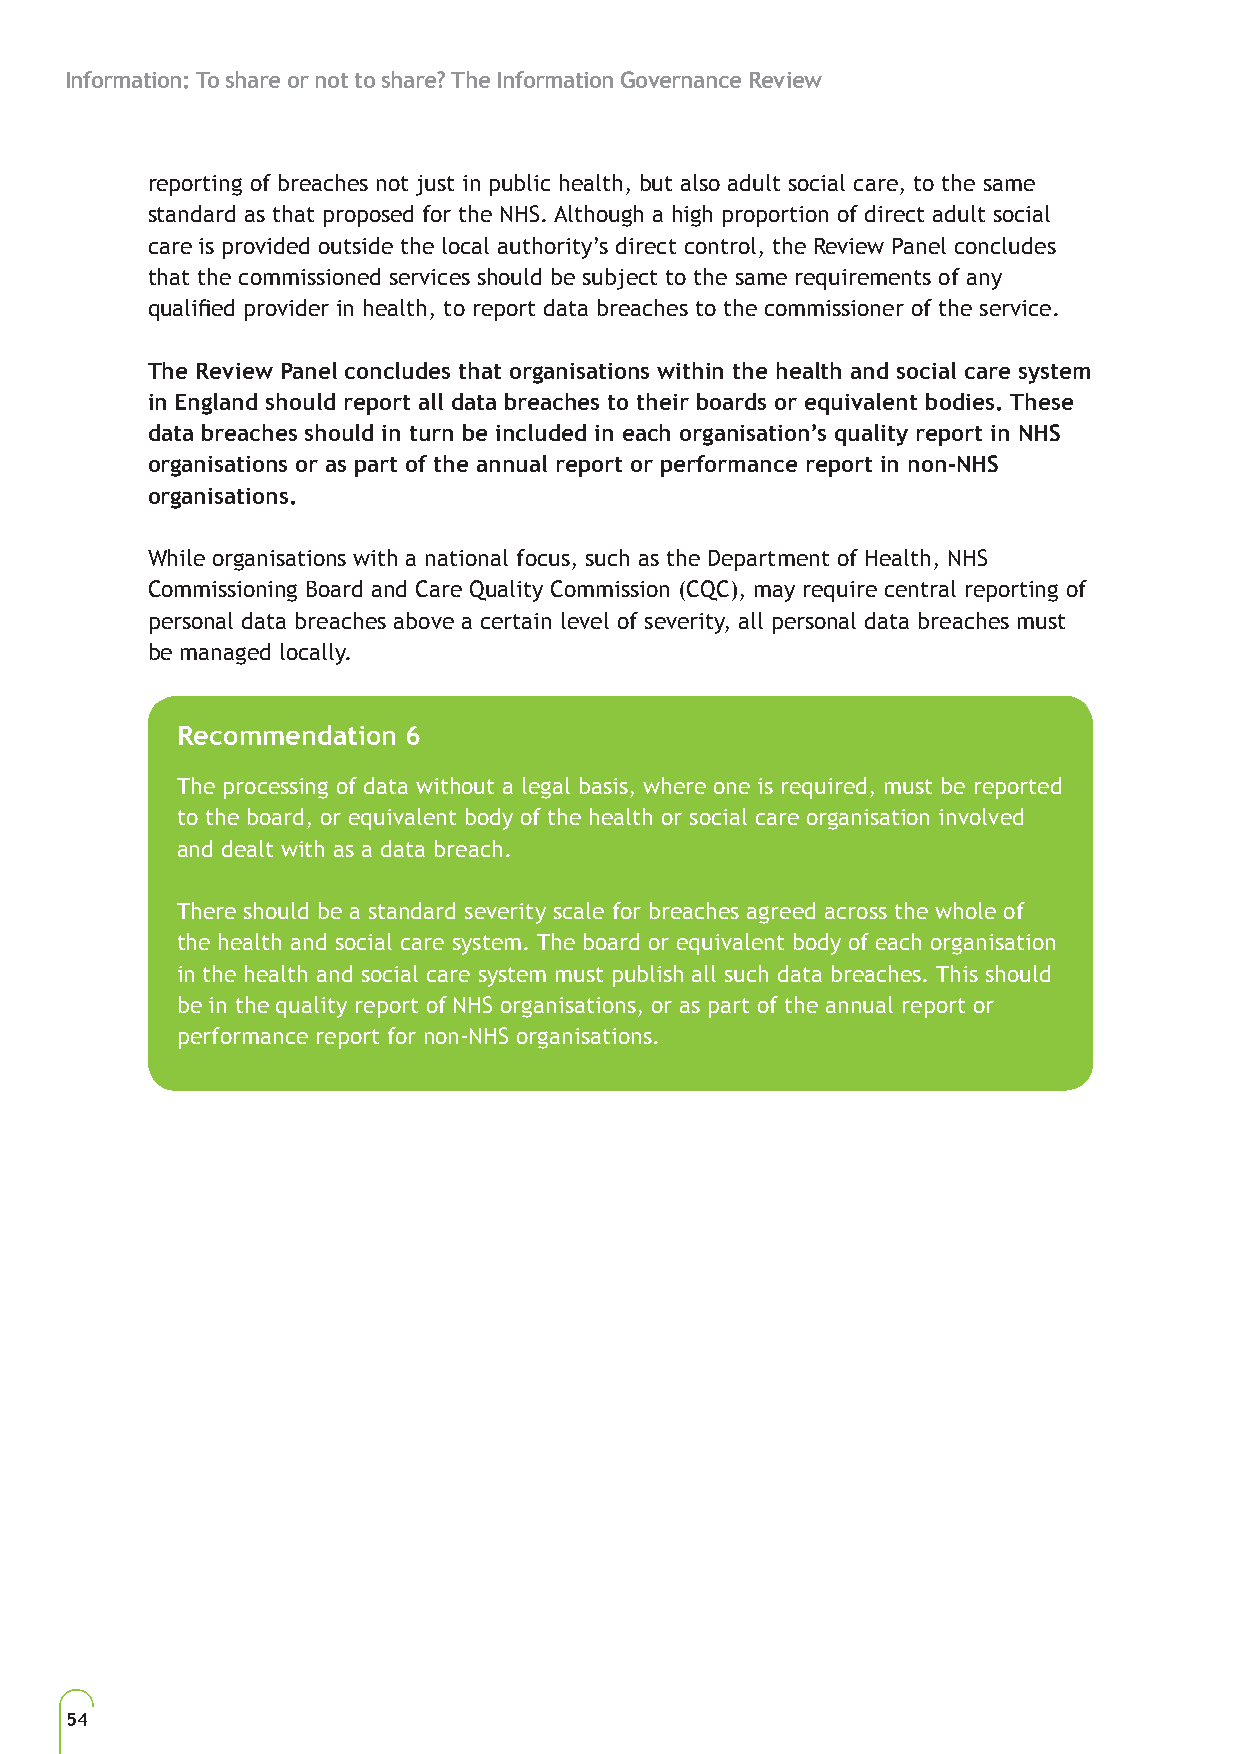
Information: To share or not to share? The Information Governance Review
 reporting of breaches not just in public health, but also adult social care, to the same
 standard as that proposed for the NHS. Although a high proportion of direct adult social
 care is provided outside the local authority’s direct control, the Review Panel concludes
 that the commissioned services should be subject to the same requirements of any
 qualified provider in health, to report data breaches to the commissioner of the service.
 The Review Panel concludes that organisations within the health and social care system
 in England should report all data breaches to their boards or equivalent bodies. These
 data breaches should in turn be included in each organisation’s quality report in NHS
 organisations or as part of the annual report or performance report in non-NHS
 organisations.
 While organisations with a national focus, such as the Department of Health, NHS
 Commissioning Board and Care Quality Commission (CQC), may require central reporting of
 personal data breaches above a certain level of severity, all personal data breaches must
 be managed locally.
 Recommendation 6
 The processing of data without a legal basis, where one is required, must be reported
 to the board, or equivalent body of the health or social care organisation involved
 and dealt with as a data breach.
 There should be a standard severity scale for breaches agreed across the whole of
 the health and social care system. The board or equivalent body of each organisation
 in the health and social care system must publish all such data breaches. This should
 be in the quality report of NHS organisations, or as part of the annual report or
 performance report for non-NHS organisations.
 54